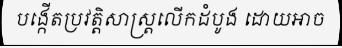
បង្កើតប្រវត្តិសាស្ត្រលើកដំបូង ដោយអាច